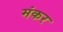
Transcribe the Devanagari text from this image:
मंकर